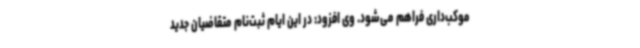
موکب‌داری فراهم می‌شود. وی افزود: در این ایام ثبت‌نام متقاضیان جدید